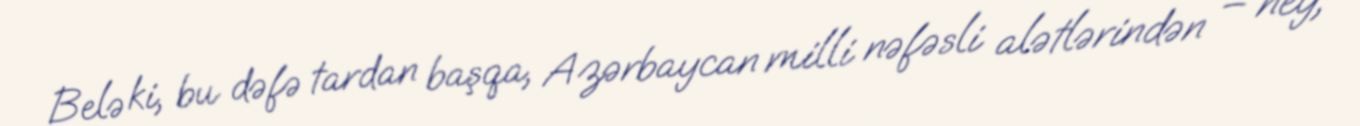
Belə ki, bu dəfə tardan başqa, Azərbaycan milli nəfəsli alətlərindən – ney,